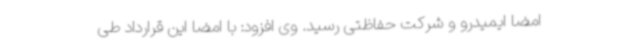
امضا ایمیدرو و شرکت حفاظتی رسید. وی افزود: با امضا این قرارداد طی